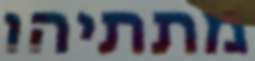
מתתיהו